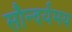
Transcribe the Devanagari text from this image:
सौन्दर्यमय